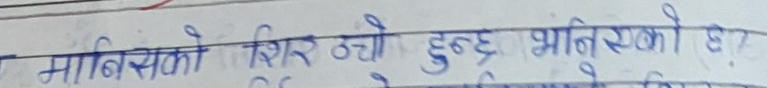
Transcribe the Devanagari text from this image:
माबिसको शिर उचो हुन्छ भानिसको ह?